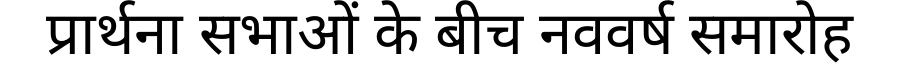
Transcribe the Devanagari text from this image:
प्रार्थना सभाओं के बीच नववर्ष समारोह